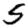
Digit: 5